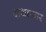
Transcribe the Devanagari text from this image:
अथाकार